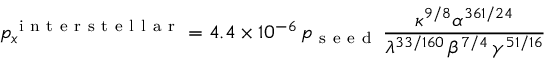
p _ { x } ^ { \mathrm { ~ i ~ n ~ t ~ e ~ r ~ s ~ t ~ e ~ l ~ l ~ a ~ r ~ } } = 4 . 4 \times 1 0 ^ { - 6 } \, p _ { \mathrm { ~ s ~ e ~ e ~ d ~ } } \, \frac { \kappa ^ { 9 / 8 } \alpha ^ { 3 6 1 / 2 4 } } { \lambda ^ { 3 3 / 1 6 0 } \, \beta ^ { 7 / 4 } \, \gamma ^ { 5 1 / 1 6 } }